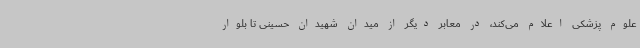
علوم پزشکی اعلام می‌کند، در معابر دیگر از میدان شهیدان حسینی تا بلوار